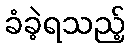
ခံခဲ့ရသည့်